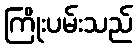
ကြိုးပမ်းသည်